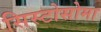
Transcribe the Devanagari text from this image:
सिस्टोसोमा